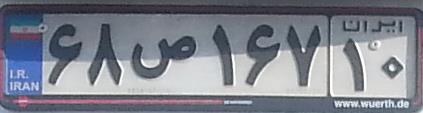
۶۸ص۱۶۷۱۰